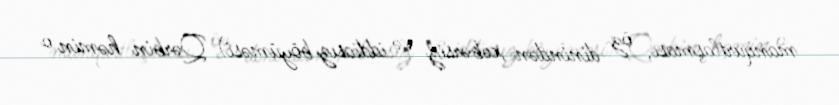
manqurtlaşması, öz dinindən xəbərsiz və iddiasız böyüməsi) Qərbin həmin o